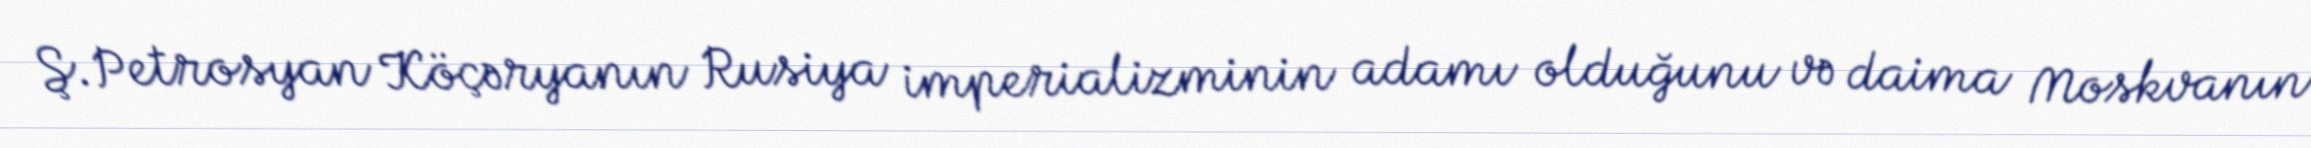
Ş.Petrosyan Köçəryanın Rusiya imperializminin adamı olduğunu və daima Moskvanın